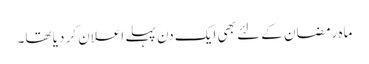
ماہ رمضان کے لئے بھی ایک دن پہلے اعلان کر دیا تھا۔